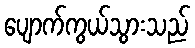
ပျောက်ကွယ်သွားသည်